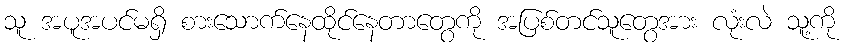
သူ အပူအပင်မရှိ စားသောက်နေထိုင်နေတာတွေကို အပြစ်တင်သူတွေအား လုံးလဲ သူ့ကို